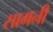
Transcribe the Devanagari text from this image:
सामनी